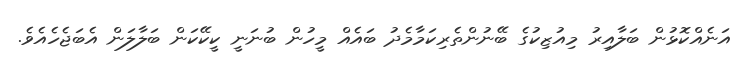
އަނެއްކޮޅުން ބަލާއިރު މިއުޒިކުގެ ބޭނުންތެރިކަމާމެދު ބައެއް މީހުން ބުނަނީ ކީކޭކަން ބަލާލަން އެބަޖެހެއެވެ.